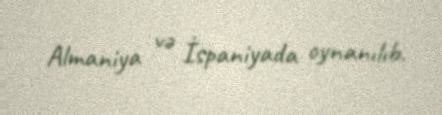
Almaniya və İspaniyada oynanılıb.